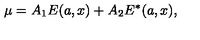
\mu = A _ { 1 } E ( a , x ) + A _ { 2 } E ^ { * } ( a , x ) ,